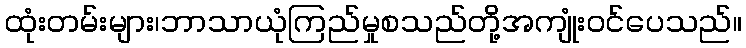
ထုံးတမ်းများ၊ဘာသာယုံကြည်မှုစသည်တို့အကျုံးဝင်ပေသည်။